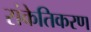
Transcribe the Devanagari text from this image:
संकेतिकरण